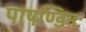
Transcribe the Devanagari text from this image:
पाषण्डिनः